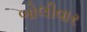
બોલીવાર